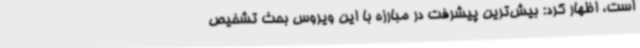
است، اظهار کرد: بیش‌ترین پیشرفت در مبارزه با این ویروس بحث تشخیص